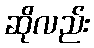
ဆိုလည်း